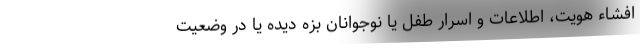
افشاء هویت، اطلاعات و اسرار طفل یا نوجوانان بزه دیده یا در وضعیت